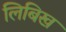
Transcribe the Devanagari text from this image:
लिबिख